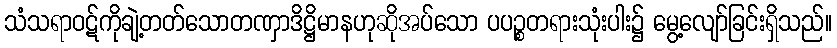
သံသရာဝဋ်ကိုချဲ့တတ်သောတဏှာဒိဋ္ဌိမာနဟုဆိုအပ်သော ပပဉ္စတရားသုံးပါး၌ မွေ့လျော်ခြင်းရှိသည်။